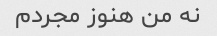
نه من هنوز مجردم